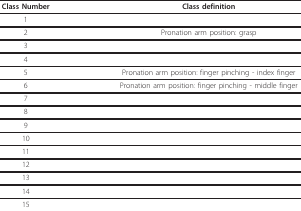
<table><thead><tr><td><b>Class Number</b></td><td><b>Class definition</b></td></tr></thead><tbody><tr><td>1</td><td>[EMPTY_CELL]</td></tr><tr><td>2</td><td>Pronation arm position: grasp</td></tr><tr><td>3</td><td>[EMPTY_CELL]</td></tr><tr><td>4</td><td>[EMPTY_CELL]</td></tr><tr><td>5</td><td>Pronation arm position: finger pinching - index finger</td></tr><tr><td>6</td><td>Pronation arm position: finger pinching - middle finger</td></tr><tr><td>7</td><td>[EMPTY_CELL]</td></tr><tr><td>8</td><td>[EMPTY_CELL]</td></tr><tr><td>9</td><td>[EMPTY_CELL]</td></tr><tr><td>10</td><td>[EMPTY_CELL]</td></tr><tr><td>11</td><td>[EMPTY_CELL]</td></tr><tr><td>12</td><td>[EMPTY_CELL]</td></tr><tr><td>13</td><td>[EMPTY_CELL]</td></tr><tr><td>14</td><td>[EMPTY_CELL]</td></tr><tr><td>15</td><td>[EMPTY_CELL]</td></tr></tbody></table>